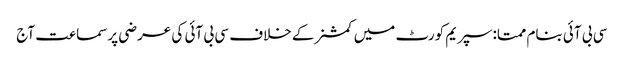
سی بی آئی بنام ممتا:سپریم کورٹ میں کمشنرکے خلاف سی بی آئی کی عرضی پرسماعت آج